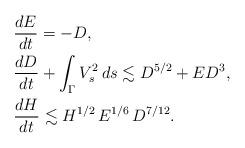
LaTeX: \begin{align*}& \frac{dE}{dt}=-D,\\ & \frac{dD}{dt}+\int_\Gamma V_s^2\,ds\lesssim D^{5/2}+ED^3,\\ & \frac{dH}{dt}\lesssim H^{1/2}\,E^{1/6}\,D^{7/12}. \end{align*}